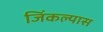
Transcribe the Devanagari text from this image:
जिंकल्यास